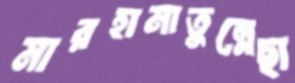
মারহামাতুন্নেছা